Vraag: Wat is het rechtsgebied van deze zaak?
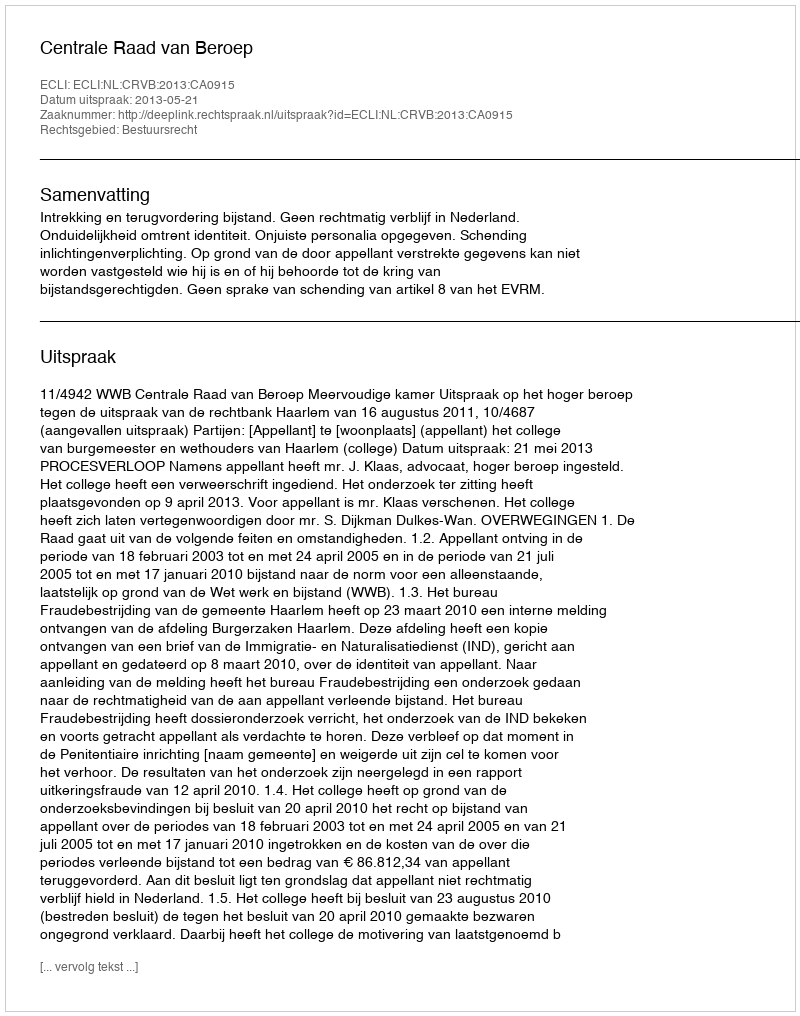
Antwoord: Bestuursrecht